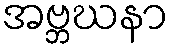
အဗ္ဘဃနာ